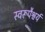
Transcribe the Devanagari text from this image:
स्वरूपैश्वर्य